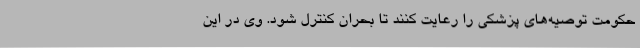
حکومت توصیه‌های پزشکی را رعایت کنند تا بحران کنترل شود. وی در این